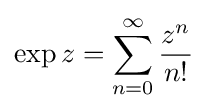
\exp z=\sum _{n=0}^{\infty }{\frac {z^{n}}{n!}}